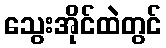
သွေးအိုင်ထဲတွင်